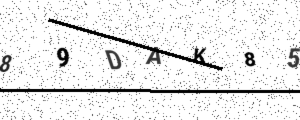
Text: 89DAK85